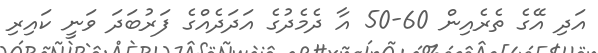
އަދި އޭގެ ތެރެއިން 60-50 އާ ދެމެދުގެ އަދަދެއްގެ ފަރުބަދަ ވަނީ ކައިރި